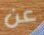
عن